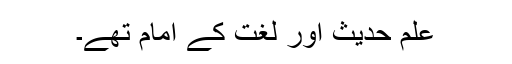
علم حدیث اور لغت کے امام تھے۔